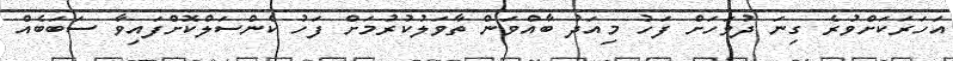
އަހަރަކަށްވުރެ ގިނަ ދުވަހަށް ފަހު މިއަދު ބާއްވަން ތާވަލުކުރުމަށް ފަހު ކެންސަލްކޮށްފައިވާ ސަބަބެއް